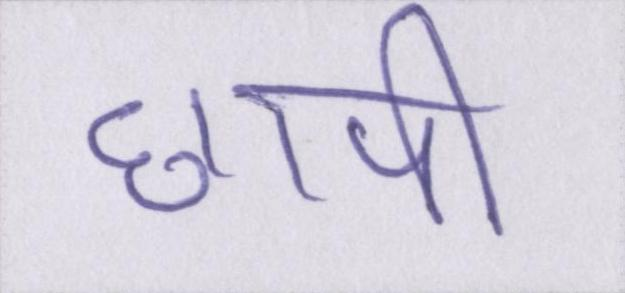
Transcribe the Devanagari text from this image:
छापी